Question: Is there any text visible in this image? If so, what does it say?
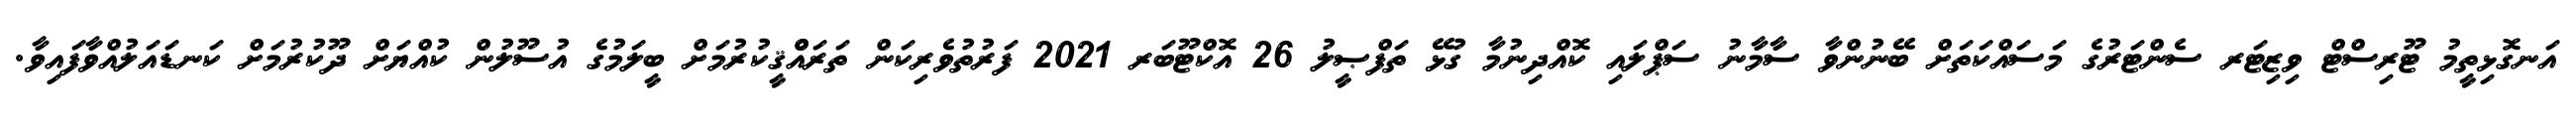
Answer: އަނގޮޅިތީމު ޓޫރިސްޓް ވިޒިޓަރ ސެންޓަރުގެ މަސައްކަތަށް ބޭނުންވާ ސާމާނު ސަޕްލައި ކޮއްދިނުމާ ގުޅޭ ތަފްޞީލު 26 އޮކްޓޫބަރ 2021 ފަރުތުވެރިކަން ތަރައްްޤީކުރުމަށް ބީލަމުގެ އުސޫލުން ކުއްޔަށް ދޫކުރުމަށް ކަނޑައަލުއްވާފައިވާ.